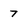
Character: 7